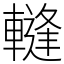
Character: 䡫